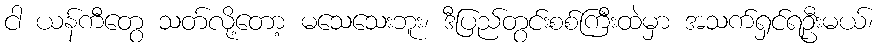
ငါ ယန်ကီတွေ သတ်လို့တော့ မသေသေးဘူး၊ ဒီပြည်တွင်းစစ်ကြီးထဲမှာ အသက်ရှင်ရဦးမယ်၊